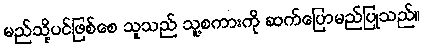
မည်သို့ပင်ဖြစ်စေ သူသည် သူ့စကားကို ဆက်ပြောမည်ပြုသည်။